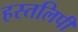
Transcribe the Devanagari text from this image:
हस्तलिपी